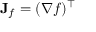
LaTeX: \mathbf { J } _ { f } = ( \nabla f ) ^ { \intercal }